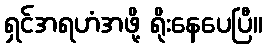
ရှင်အရဟံအဖို့ ရိုးနေပေပြီ။